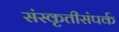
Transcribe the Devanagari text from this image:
संस्कृतीसंपर्क